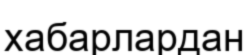
хабарлардан